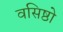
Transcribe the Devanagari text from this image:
वसिष्ठो